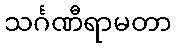
သင်္ဂဏီရာမတာ